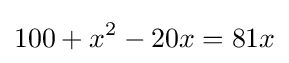
100+x^{2}-20x=81x